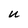
Character: u